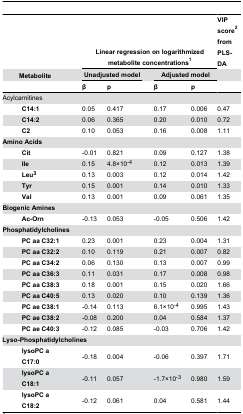
<table><thead><tr><td colspan="2"></td><td></td><td colspan="5"><b>Linear regression on logarithmized metabolite concentrations<sup>1</sup></b></td><td><b>VIP score<sup>2</sup> from PLS-DA</b></td></tr><tr><td colspan="2"><b>Metabolite</b></td><td></td><td colspan="2"><b>Unadjusted model</b></td><td></td><td colspan="2"><b>Adjusted model</b></td><td><b></b></td></tr><tr><td colspan="2"></td><td></td><td><b>β</b></td><td><b>p</b></td><td></td><td><b>β</b></td><td><b>p</b></td><td></td></tr></thead><tbody><tr><td colspan="2">Acylcarnitines</td><td></td><td></td><td></td><td></td><td></td><td></td><td></td></tr><tr><td></td><td><b>C14:1</b></td><td></td><td>0.05</td><td>0.417</td><td></td><td>0.17</td><td>0.006</td><td>0.47</td></tr><tr><td></td><td><b>C14:2</b></td><td></td><td>0.06</td><td>0.365</td><td></td><td>0.20</td><td>0.010</td><td>0.72</td></tr><tr><td></td><td><b>C2</b></td><td></td><td>0.10</td><td>0.053</td><td></td><td>0.16</td><td>0.008</td><td>1.11</td></tr><tr><td colspan="2"><b>Amino Acids</b></td><td></td><td></td><td></td><td></td><td></td><td></td><td></td></tr><tr><td></td><td><b>Cit</b></td><td></td><td>-0.01</td><td>0.821</td><td></td><td>0.09</td><td>0.127</td><td>1.38</td></tr><tr><td></td><td><b>Ile</b></td><td></td><td>0.15</td><td>4.8×10<sup>-4</sup></td><td></td><td>0.12</td><td>0.013</td><td>1.39</td></tr><tr><td></td><td><b>Leu<sup>3</sup></b></td><td></td><td>0.13</td><td>0.003</td><td></td><td>0.12</td><td>0.014</td><td>1.42</td></tr><tr><td></td><td><b>Tyr</b></td><td></td><td>0.15</td><td>0.001</td><td></td><td>0.14</td><td>0.010</td><td>1.33</td></tr><tr><td></td><td><b>Val</b></td><td></td><td>0.13</td><td>0.001</td><td></td><td>0.09</td><td>0.061</td><td>1.35</td></tr><tr><td colspan="2"><b>Biogenic Amines</b></td><td></td><td></td><td></td><td></td><td></td><td></td><td></td></tr><tr><td></td><td><b>Ac-Orn</b></td><td></td><td>-0.13</td><td>0.053</td><td></td><td>-0.05</td><td>0.506</td><td>1.42</td></tr><tr><td colspan="3"><b>Phosphatidylcholines</b></td><td></td><td></td><td></td><td></td><td></td><td></td></tr><tr><td></td><td><b>PC aa C32:1</b></td><td></td><td>0.23</td><td>0.001</td><td></td><td>0.23</td><td>0.004</td><td>1.31</td></tr><tr><td></td><td><b>PC aa C32:2</b></td><td></td><td>0.10</td><td>0.119</td><td></td><td>0.21</td><td>0.007</td><td>0.82</td></tr><tr><td></td><td><b>PC aa C34:2</b></td><td></td><td>0.06</td><td>0.130</td><td></td><td>0.13</td><td>0.007</td><td>0.99</td></tr><tr><td></td><td><b>PC aa C36:3</b></td><td></td><td>0.11</td><td>0.031</td><td></td><td>0.17</td><td>0.008</td><td>0.98</td></tr><tr><td></td><td><b>PC aa C38:3</b></td><td></td><td>0.18</td><td>0.001</td><td></td><td>0.15</td><td>0.020</td><td>1.66</td></tr><tr><td></td><td><b>PC aa C40:5</b></td><td></td><td>0.13</td><td>0.020</td><td></td><td>0.10</td><td>0.139</td><td>1.36</td></tr><tr><td></td><td><b>PC ae C38:1</b></td><td></td><td>-0.14</td><td>0.113</td><td></td><td>6.1×10<sup>-4</sup></td><td>0.995</td><td>1.43</td></tr><tr><td></td><td><b>PC ae C38:2</b></td><td></td><td>-0.08</td><td>0.200</td><td></td><td>0.04</td><td>0.584</td><td>1.37</td></tr><tr><td></td><td><b>PC ae C40:3</b></td><td></td><td>-0.12</td><td>0.085</td><td></td><td>-0.03</td><td>0.706</td><td>1.42</td></tr><tr><td colspan="4"><b>Lyso-Phosphatidylcholines</b></td><td></td><td></td><td></td><td></td><td></td></tr><tr><td></td><td><b>lysoPC a C17:0</b></td><td></td><td>-0.18</td><td>0.004</td><td></td><td>-0.06</td><td>0.397</td><td>1.71</td></tr><tr><td></td><td><b>lysoPC a C18:1</b></td><td></td><td>-0.11</td><td>0.057</td><td></td><td>-1.7×10<sup>-3</sup></td><td>0.980</td><td>1.59</td></tr><tr><td></td><td><b>lysoPC a C18:2</b></td><td></td><td>-0.12</td><td>0.061</td><td></td><td>0.04</td><td>0.581</td><td>1.44</td></tr></tbody></table>